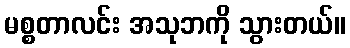
မစ္စတာလင်း အသုဘကို သွားတယ်။